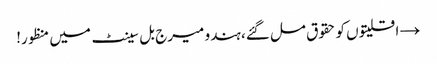
→ اقلیتوں کو حقوق مل گئے، ہندو میرج بل سینٹ میں منظور!